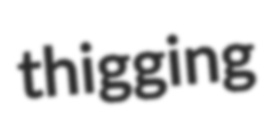
thigging